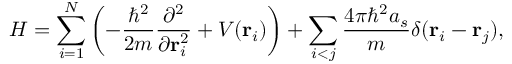
H = \sum _ { i = 1 } ^ { N } \left( - { \frac { \hbar ^ { 2 } } { 2 m } } { \frac { \partial ^ { 2 } } { \partial \mathbf { r } _ { i } ^ { 2 } } } + V ( \mathbf { r } _ { i } ) \right) + \sum _ { i < j } { \frac { 4 \pi \hbar ^ { 2 } a _ { s } } { m } } \delta ( \mathbf { r } _ { i } - \mathbf { r } _ { j } ) ,